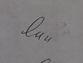
Signature authenticity: genuine